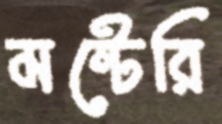
মন্টেরি